Vaccination in Bombay 1902-1912 - 1902-1912
Year: 1902
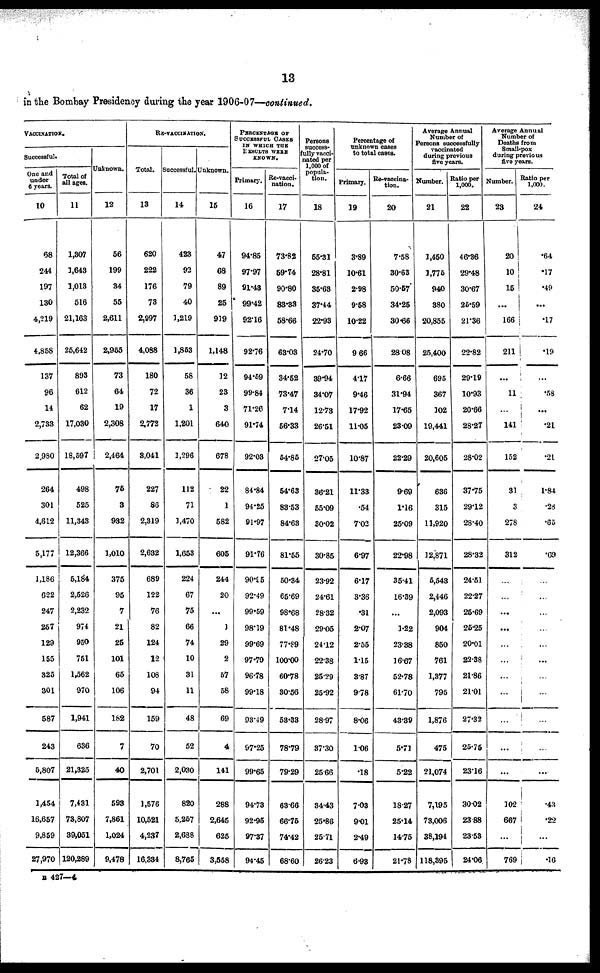
13
in the Bombay Presidency during the year 1906-07—continued.
VACCINATION.
Successful.
One and
under
6 years.
10
68
244
197
130
4,219
4,858
137
96
14
2,783
2,980
264
301
4,612
5,177
1,186
622
247
257
129
155
325
301
587
243
5,807
1,454
16,657
9,859
27,970
Total of
all ages.
11
1,307
1,643
1,013
516
21,163
25,642
893
612
62
17,030
18,597
498
525
11,343
12,366
5,184
2,526
2,232
974
950
751
1,562
970
1,941
636
21,325
7,431
73,807
39,051
120,289
Unknown.
12
56
199
34
55
2,611
2,955
73
64
19
2,308
2,464
75
3
932
1,010
375
95
7
21
25
101
65
106
182
7
40
593
7,861
1,024
9,478
RE-VACCINATION.
Total.
13
620
222
176
73
2,997
4,088
180
72
17
2,772
3,041
227
86
2,319
2,632
689
122
76
82
124
12
108
94
159
70
2,701
1,576
10,521
4,237
16,334
Successful.
14
423
93
79
40
1,219
1,853
58
36
1
1,201
1,296
112
71
1,470
1,653
224
67
75
66
74
10
31
11
48
52
2,030
820
5,267
2,688
8,765
Unknown.
15
47
68
89
25
919
1,148
12
23
3
640
678
22
1
582
605
244
20
...
1
29
2
57
58
69
4
141
288
2,645
625
3,558
PERCENTAGE OF
SUCCESSFUL CASES
IN WHICH THE
RESULTS WERE
KNOWN.
Primary.
16
94.85
97.97
91.43
99.42
92.16
92.76
94.69
99.84
71.26
91.74
92.03
84.84
94.25
91.97
91.76
90.95
92.49
99.59
98.19
99.69
97.79
96.78
99.18
93.49
97.25
99.65
94.73
92.95
97.37
94.45
Re-vacci-
nation.
17
73.82
59.74
90.80
83.33
58.66
63.03
34.52
73.47
7.14
56.33
54.85
54.63
83.53
84.63
81.55
50.34
65.69
98.68
81.48
77.89
100.00
60.78
30.56
53.33
78.79
79.29
63.66
66.75
74.42
68.60
Persons
success¬
fully vacci-
nated per
1,000 of
popula-
tion.
18
55.31
28.81
35.63
37.44
22.93
24.70
39.94
34.07
12.73
26.51
27.05
36.21
55.09
30.02
30.85
23.92
24.61
28.32
29.05
24.12
22.38
25.29
25.92
28.97
37.30
25.66
34.43
25.86
25.71
26.23
Percentage of
unknown cases
to total cases.
Primary.
19
3.89
10.61
2.98
9.58
10.22
9.66
4.17
9.46
17.92
11.05
10.87
11.33
.54
7.02
6.97
6.17
3.36
.31
2.07
2.55
1.15
3.87
9.78
8.06
1.06
.18
7.03
9.01
2.49
6.93
Re-vaccina-
tion.
20
7.58
30.63
50.67
34.25
30.66
28.08
6.66
31.94
17.65
23.09
22.29
9.69
1.16
25.09
22.98
35.41
16.39
...
1.22
23.38
16.67
52.78
61.70
43.39
5.71
5.22
18.27
25.14
14.75
21.78
Average Annual
Number of
Persons successfully
vaccinated
during previous
five years.
Number.
21
1,450
1,776
940
380
20,855
25,400
695
367
102
19,441
20,605
636
315
11,920
12,871
5,543
2,446
2,093
904
850
761
1,377
795
1,876
475
21,074
7,195
73,006
38,194
118,395
Ratio per
1,000.
22
46.86
29.48
30.67
26.59
21.36
22.82
29.19
10.93
20.66
28.27
28.02
37.75
29.12
28.40
28.32
24.51
22.27
25.69
25.25
20.01
22.38
21.86
21.01
27.32
25.75
23.16
30.02
23.88
23.53
24.06
Average Annual
Number of
Deaths from
Small-pox
during previous
five years.
Number.
23
20
10
15
...
166
211
...
11
...
141
152
31
3
278
312
...
...
...
...
...
...
...
...
...
...
...
102
667
...
769
Ratio per
1,000.
24
.64
.17
.49
. ..
.17
.19
...
.58
...
.21
.21
1.84
.28
.65
.69
...
...
...
...
...
...
...
...
...
...
...
.43
.22
...
.16
B 427—4